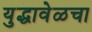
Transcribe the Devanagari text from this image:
युद्धावेळचा